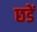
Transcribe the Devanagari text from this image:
छडें